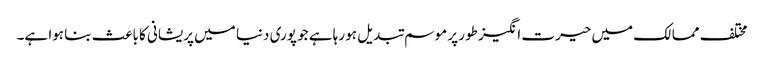
مختلف ممالک میں حیرت انگیز طور پر موسم تبدیل ہو رہا ہے جو پوری دنیا میں پریشانی کا باعث بنا ہوا ہے۔